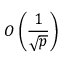
O \left( { \frac { 1 } { \sqrt { p } } } \right)